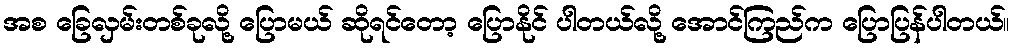
အစ ခြေလှမ်းတစ်ခုလို့ ပြောမယ် ဆိုရင်တော့ ပြောနိုင် ပါတယ်လို့ အောင်ကြည်က ပြောပြန်ပါတယ်။